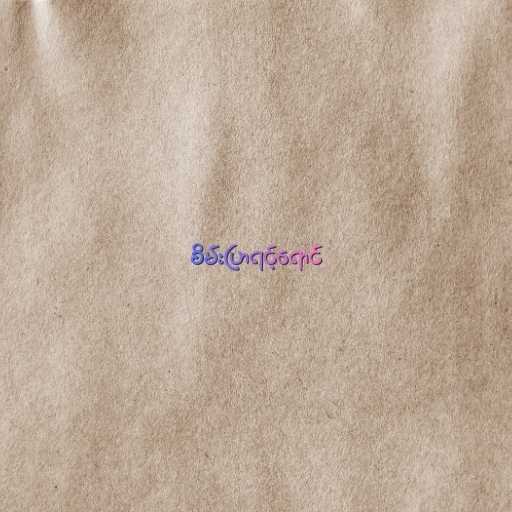
စိမ်းပြာရင့်ရောင်